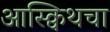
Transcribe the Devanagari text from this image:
आस्क्विथचा